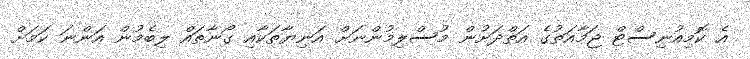
އެ ކޮމިއުނިސްޓް ޖަމާއަތުގެ އަތްދަށުން މުސްލިމުންނަށް އަނިޔާތަކާއި ގޯނާތައް ލިބެމުން އަންނަ ކަމަށް